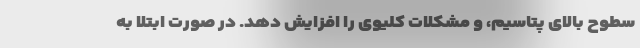
سطوح بالای پتاسیم، و مشکلات کلیوی را افزایش دهد. در صورت ابتلا به